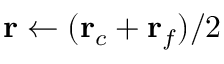
\mathbf r \gets ( \mathbf r _ { c } + \mathbf r _ { f } ) / 2